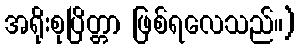
အရိုးစုပြိတ္တာ ဖြစ်ရလေသည်။)